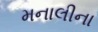
મનાલીના